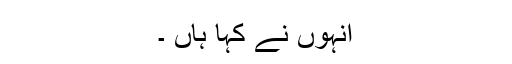
انہوں نے کہا ہاں ۔